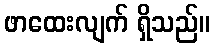
ဖာထေးလျက် ရှိသည်။